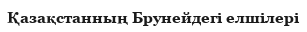
Қазақстанның Брунейдегі елшілері